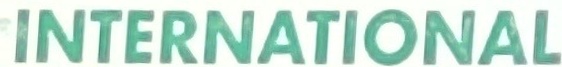
INTERNATIONAL